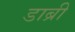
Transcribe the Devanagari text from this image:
डाब्री